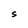
Character: S